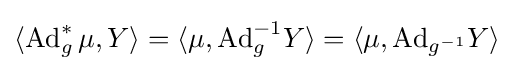
\langle \mathrm {Ad} _{g}^{*}\,\mu ,Y\rangle =\langle \mu ,\mathrm {Ad} _{g}^{-1}Y\rangle =\langle \mu ,\mathrm {Ad} _{g^{-1}}Y\rangle